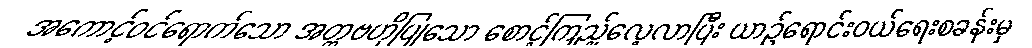
အကောင့်ဝင်ရောက်သော အတ္တဗဟိုပြုသော စောင့်ကြည့်လေ့လာပြီး ယာဉ်ရောင်းဝယ်ရေးစခန်းမှ